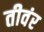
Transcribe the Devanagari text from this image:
तीवंर